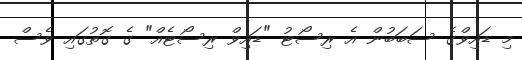
މި ޑައިވްގެ ސަބަބުން އެ ރިސޯޓު "ޑައިވް ރިސޯޓެއް" ގެ ގޮތުގައި ވެސް